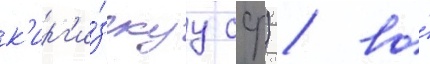
к'ирг'и́зскуу сср) / во́